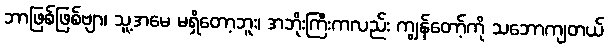
ဘာဖြစ်ဖြစ်ဗျာ၊ သူ့အမေ မရှိတော့ဘူး၊ အဘိုးကြီးကလည်း ကျွန်တော့်ကို သဘောကျတယ်